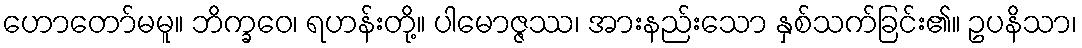
ဟောတော်မမူ။ ဘိက္ခဝေ၊ ရဟန်းတို့။ ပါမောဇ္ဇဿ၊ အားနည်းသော နှစ်သက်ခြင်း၏။ ဥပနိသာ၊